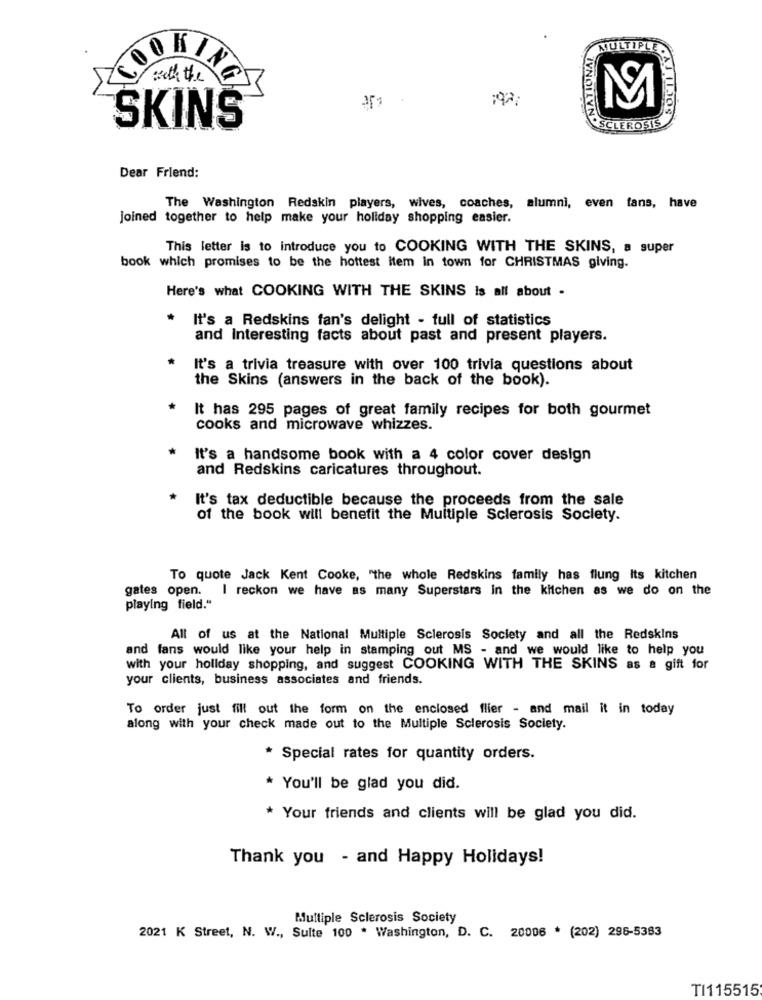
JULT
OOKIN
with the
SKINS
SCLEROSIS
Dear Friend:
The Washington Redskin players, wives, coaches, alumni, even fans, have
joined together to help make your holiday shopping easier.
This letter is to introduce you to COOKING WITH THE SKINS, a super
book which promises to be the hottest item in town for CHRISTMAS giving.
Here's what COOKING WITH THE SKINS is all about .
.
It's a Redskins fan's delight - full of statistics
and Interesting facts about past and present players.
It's a trivia treasure with over 100 trivia questions about
the Skins (answers in the back of the book).
It has 295 pages of great family recipes for both gourmet
cooks and microwave whizzes.
It's a handsome book with a 4 color cover design
and Redskins caricatures throughout.
* It's tax deductible because the proceeds from the sale
of the book will benefit the Multiple Sclerosis Society.
To quote Jack Kent Cooke, "the whole Redskins family has flung Its kitchen
gates open. I reckon we have as many Superstars in the kitchen as we do on the
playing field."
All of us at the National Multiple Sclerosis Society and all the Redskins
and fans would like your help in stamping out MS - and we would like to help you
with your holiday shopping, and suggest COOKING WITH THE SKINS as a gift for
your clients, business associates and friends.
To order just fill out the form on the enclosed flier - and mail it in today
along with your check made out to the Multiple Sclerosis Society.
* Special rates for quantity orders.
* You'll be glad you did.
* Your friends and clients will be glad you did.
Thank you - and Happy Holidays!
Multiple Sclerosis Society
2021 K Street, N. W ., Sulte 100 * Washington, D. C. 20006 * (202) 296-5383
TI115515